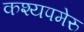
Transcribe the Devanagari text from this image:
कश्यपमेरु